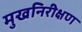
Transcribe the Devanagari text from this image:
मुखनिरीक्षण